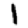
Digit: 1